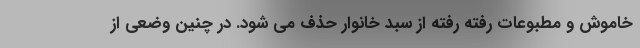
خاموش و مطبوعات رفته رفته از سبد خانوار حذف می شود. در چنین وضعی از